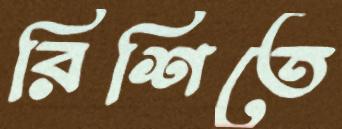
রিশিতে